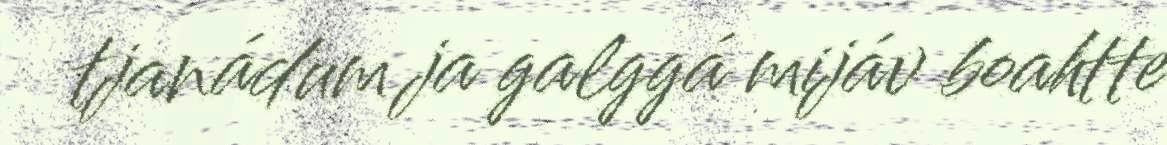
tjanádum ja galggá mijáv boahtte